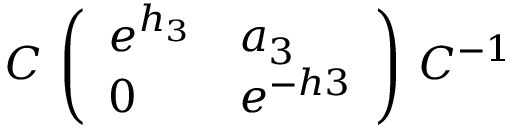
{ \cal C } \, \left( \begin{array} { l l } { { e ^ { h _ { 3 } } } } & { { a _ { 3 } } } \\ { { 0 } } & { { e ^ { - h 3 } } } \end{array} \right) \, { \cal C } ^ { - 1 }